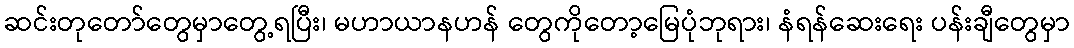
ဆင်းတုတော်တွေမှာတွေ့ရပြီး၊ မဟာယာနဟန် တွေကိုတော့မြေပုံဘုရား၊ နံရန်ဆေးရေး ပန်းချီတွေမှာ